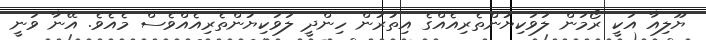
ޔޫލިއާ އަކީ ރޯމަން ލަވަކިޔުންތެރިއެއްގެ އިތުރުން ހިންދީ ލަވަކިޔުންތެރިއެއްވެސް މެއެވެ. އޭނާ ވަނީ